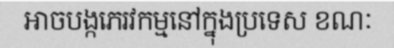
អាចបង្កភេរវកម្មនៅក្នុងប្រទេស ខណៈ